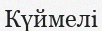
Күймелі